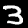
Label: 3